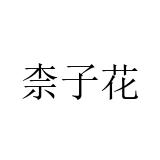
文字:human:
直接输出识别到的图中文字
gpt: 柰子花